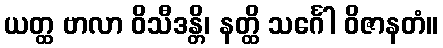
ယတ္ထ ဗာလာ ဝိသီဒန္တိ၊ နတ္ထိ သင်္ဂေါ ဝိဇာနတံ။